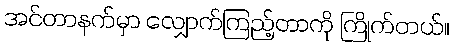
အင်တာနက်မှာ လျှောက်ကြည့်တာကို ကြိုက်တယ်။